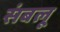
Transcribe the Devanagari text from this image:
संबलू